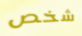
شخص